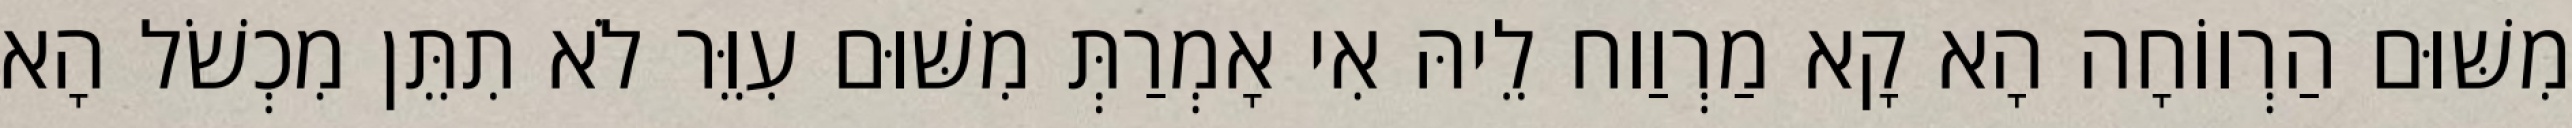
מִשּׁוּם הַרְווֹחָה הָא קָא מַרְוַוח לֵיהּ אִי אָמְרַתְּ מִשּׁוּם עִוֵּר לֹא תִתֵּן מִכְשֹׁל הָא